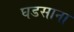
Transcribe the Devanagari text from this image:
घडसाना